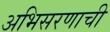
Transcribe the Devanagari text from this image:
अभिसरणाची